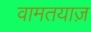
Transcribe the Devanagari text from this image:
वामतयाज़